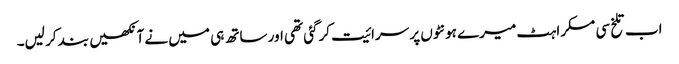
اب تلخ سی مسکراہٹ میرے ہونٹوں پر سرائیت کرگئی تھی اور ساتھ ہی میں نے آنکھیں بند کر لیں۔